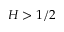
H > 1 / 2